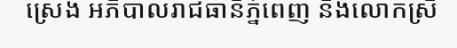
ស្រេង អភិបាលរាជធានីភ្នំពេញ និងលោកស្រី